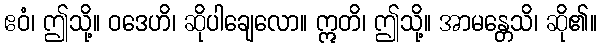
ဧဝံ၊ ဤသို့။ ဝဒေဟိ၊ ဆိုပါချေလော။ ဣတိ၊ ဤသို့။ အာမန္တေသိ၊ ဆို၏။